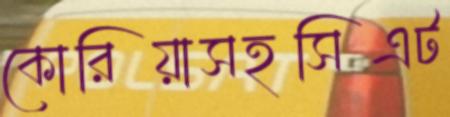
কোরিয়াসহসিএট